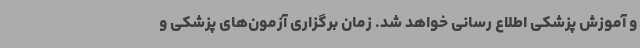
و آموزش پزشکی اطلاع رسانی خواهد شد. زمان برگزاری آزمون‌های پزشکی و